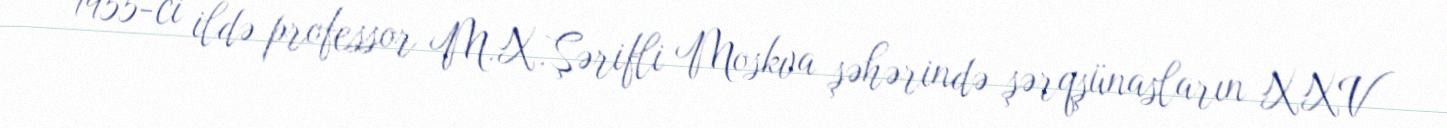
1955-ci ildə professor M.X.Şərifli Moskva şəhərində şərqşünasların XXV